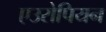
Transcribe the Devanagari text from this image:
एउरोपियन